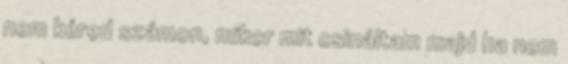
nem kéred számon, mikor mit csináltam majd ha nem